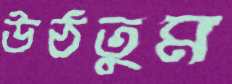
উঠতুম